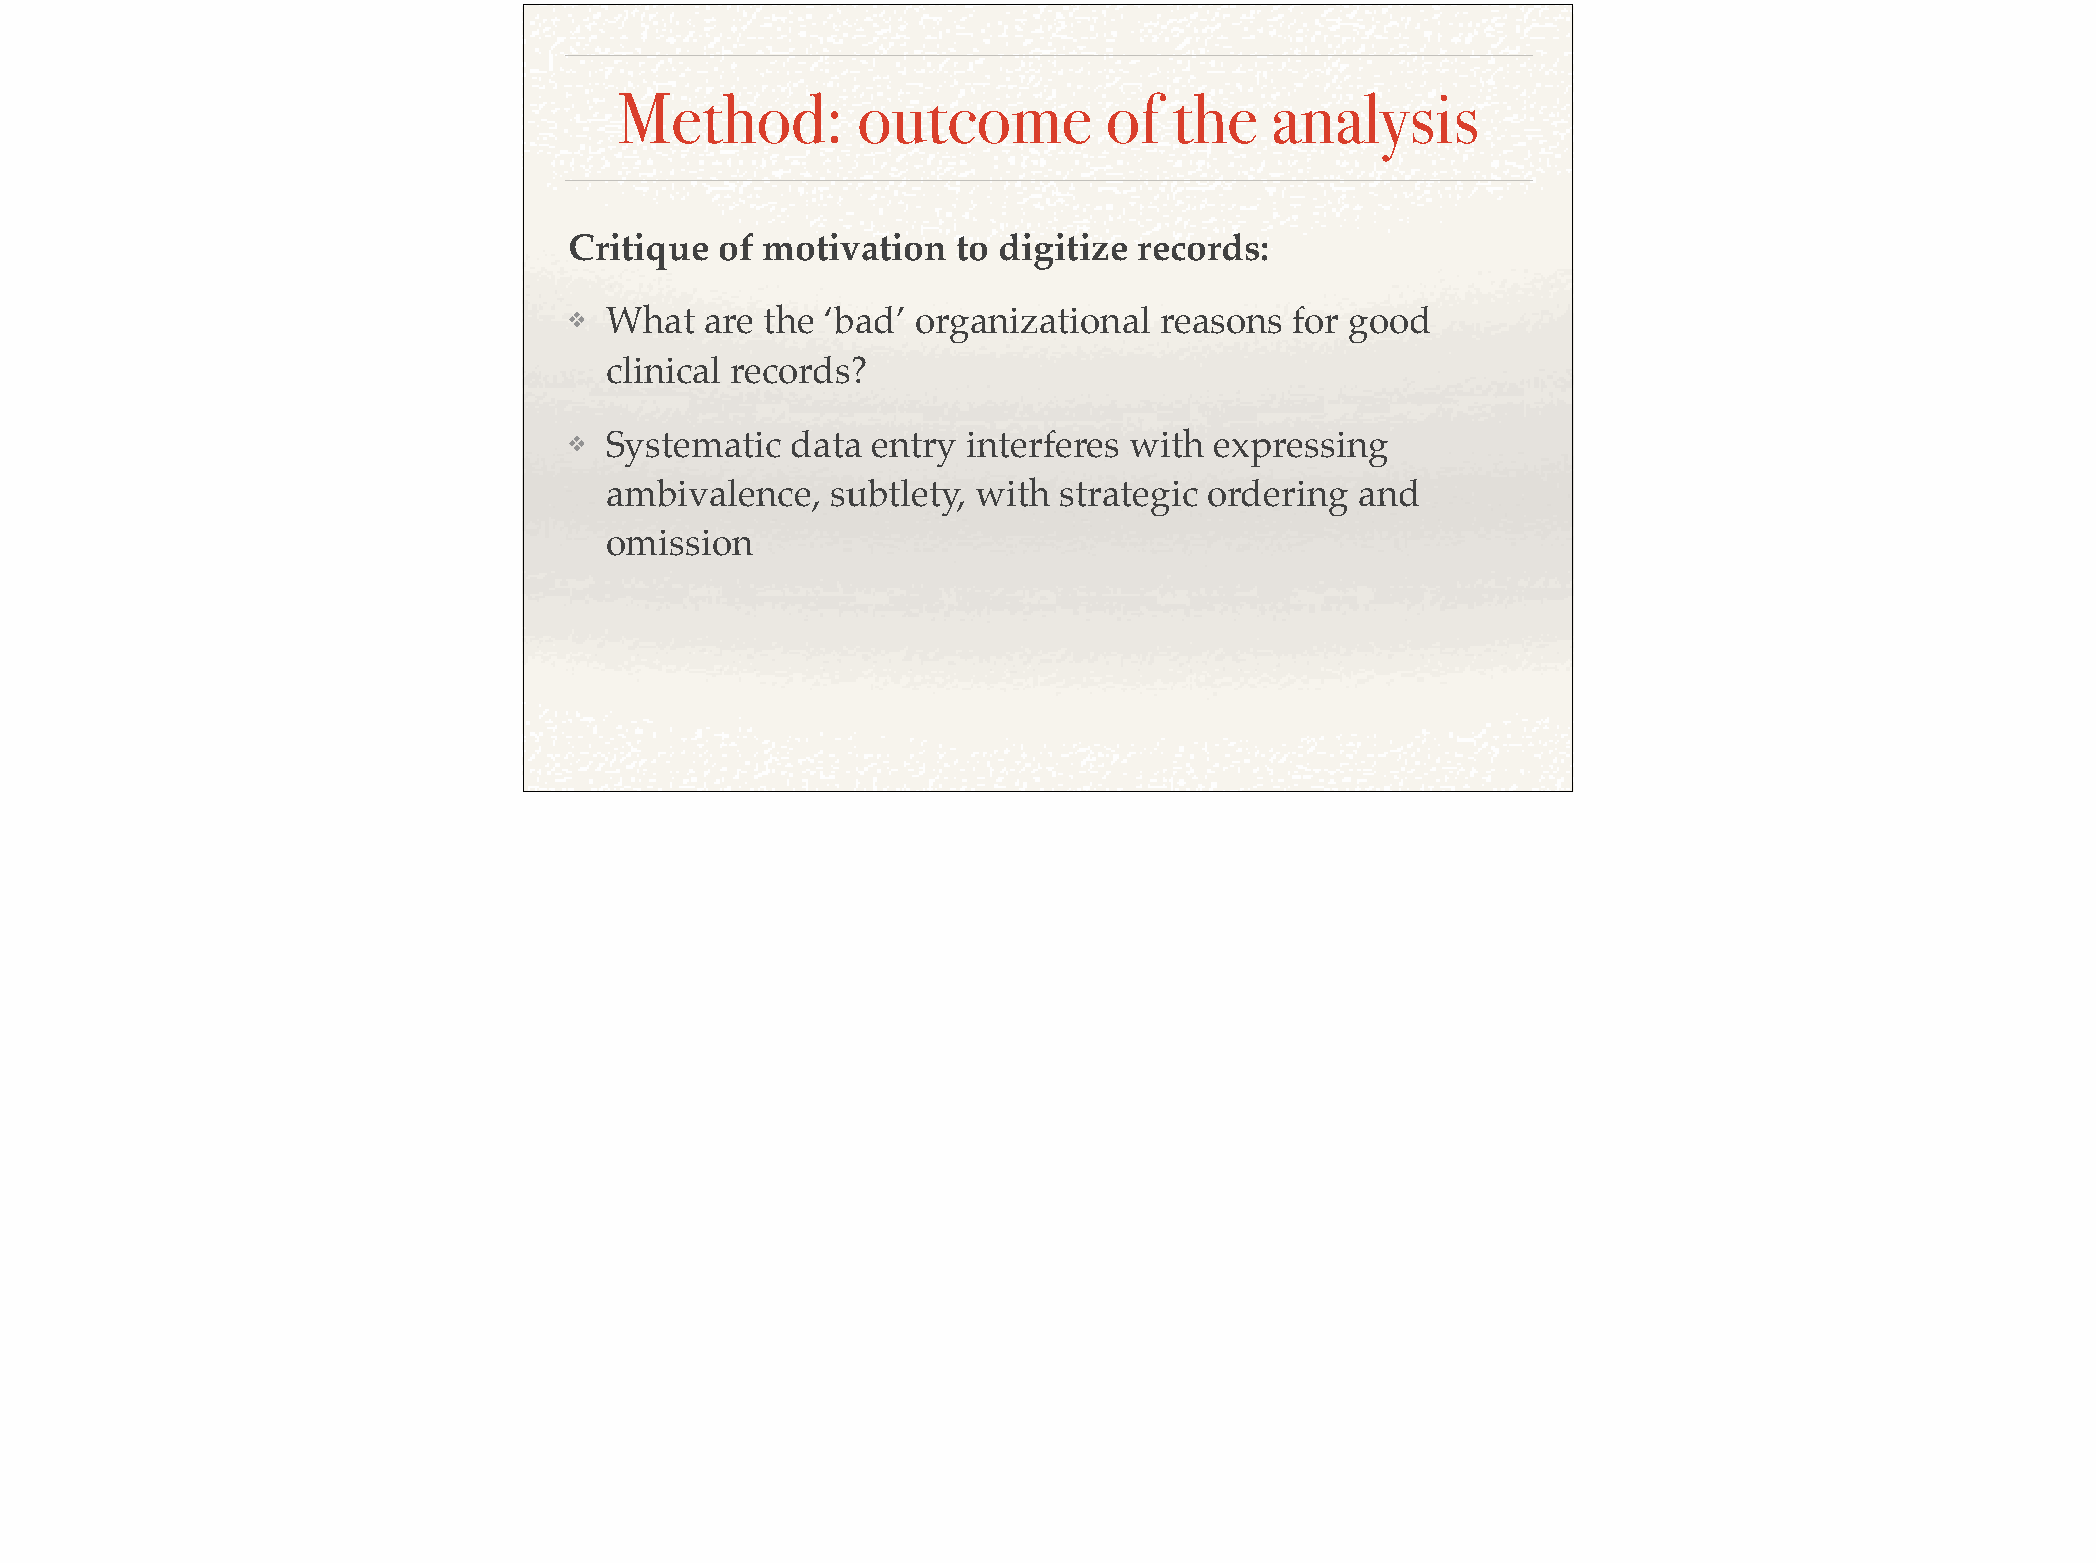
Method:         outcome         of  the    analysis
 Critique  of motivation   to digitize records:!
 ❖  What  are the ‘bad’ organizational   reasons for good
 clinical records?!
 ❖  Systematic  data entry  interferes with expressing
 ambivalence,   subtlety, with strategic ordering  and
 omission